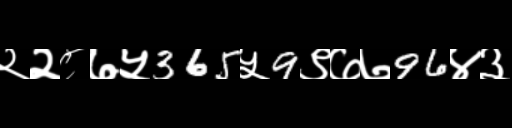
Text: २२८७५365५9९७७96४३